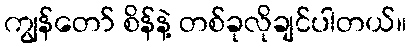
ကျွန်တော် စိန်နဲ့ တစ်ခုလိုချင်ပါတယ်။